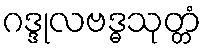
ဂဒ္ဒုလဗဒ္ဓသုတ္တံ